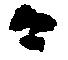
々